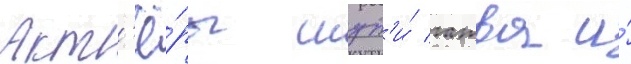
Акт'ё́ры шут'и́ гатва и́